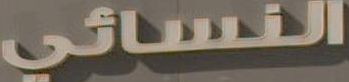
النسائي